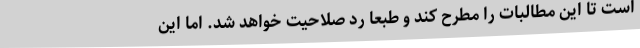
است تا این مطالبات را مطرح کند و طبعاً رد صلاحیت خواهد شد. اما این